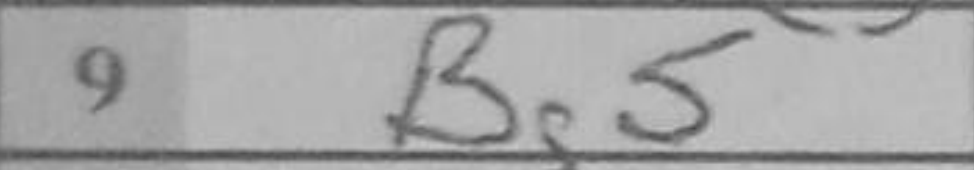
Transcription: Bg5